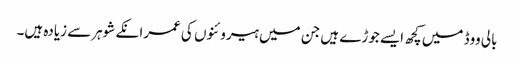
بالی ووڈ میں کچھ ایسے جوڑے ہیں جن میں ہیروئنوں کی عمرانکے شوہرسے زیادہ ہیں۔